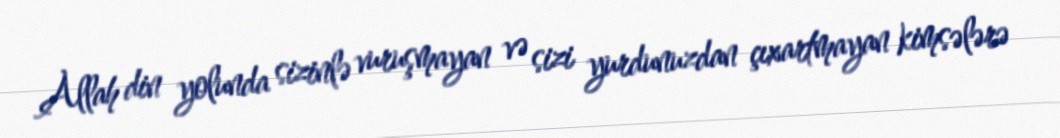
Allah din yolunda sizinlə vuruşmayan və sizi yurdunuzdan çıxartmayan kimsələrə